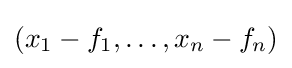
(x_{1}-f_{1},\ldots ,x_{n}-f_{n})